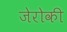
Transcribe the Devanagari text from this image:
जेरोकी